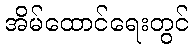
အိမ်ထောင်ရေးတွင်